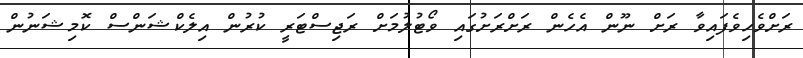
ރަށްވެހިވެފައިވާ ރަށް ނޫން އެހެން ރަށްރަށުގައި ވޯޓުލުމަށް ރަޖިސްޓަރީ ކުރުން އިލެކްޝަންސް ކޮމިޝަނުން